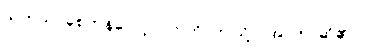
သုတ်သင်စေကုန်လော့။” ဣတိ၊ ဤသို့။ (အာဟ၊ ဆို၏။)